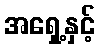
အရှေ့နှင့်